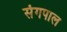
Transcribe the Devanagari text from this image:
संगपाल